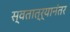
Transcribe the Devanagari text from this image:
स्वतात्र्यानंतर